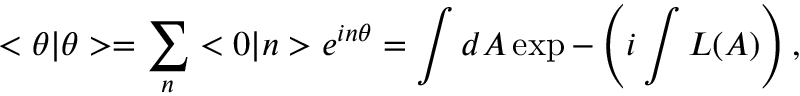
< \theta | \theta > = \sum _ { n } < 0 | n > e ^ { i n \theta } = \int d A \exp - \left( i \int { \cal L } ( A ) \right) ,